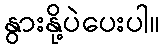
နွားနို့ပဲပေးပါ။